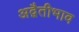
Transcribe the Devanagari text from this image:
अद्वैतीभाव